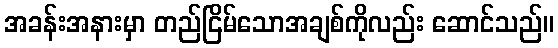
အခန်းအနားမှာ တည်ငြိမ်သောအချစ်ကိုလည်း ဆောင်သည်။